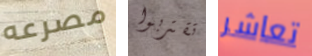
مصرعه تقتربوا تعاشر